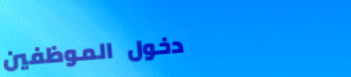
دخول الموظفين